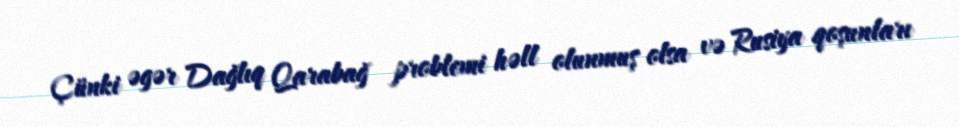
Çünki əgər Dağlıq Qarabağ problemi həll olunmuş olsa və Rusiya qoşunları